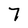
Character: 7